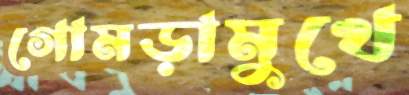
গোমড়ামুখে